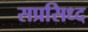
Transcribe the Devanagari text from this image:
सप्रसिध्द